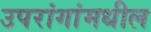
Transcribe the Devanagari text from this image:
उपरांगांमधील